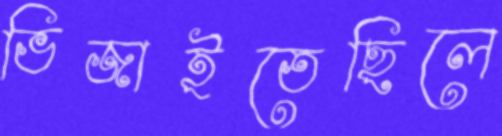
ভিজাইতেছিলে